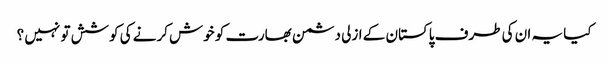
کیا یہ ان کی طرف پاکستان کے ازلی دشمن بھارت کو خوش کرنے کی کوشش تو نہیں ؟